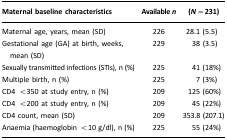
<table><thead><tr><td><b>Maternal baseline characteristics</b></td><td><b>Available <i>n</i></b></td><td><b>(<i>N</i>=231)</b></td></tr></thead><tbody><tr><td>Maternal age, years, mean (SD)</td><td>226</td><td>28.1 (5.5)</td></tr><tr><td>Gestational age (GA) at birth, weeks, mean (SD)</td><td>229</td><td>38 (3.5)</td></tr><tr><td>Sexually transmitted infections (STIs), n (%)</td><td>225</td><td>41 (18%)</td></tr><tr><td>Multiple birth, n (%)</td><td>225</td><td>7 (3%)</td></tr><tr><td>CD4 &lt;350 at study entry, n (%)</td><td>209</td><td>125 (60%)</td></tr><tr><td>CD4 &lt;200 at study entry, n (%)</td><td>209</td><td>45 (22%)</td></tr><tr><td>CD4 count, mean (SD)</td><td>209</td><td>353.8 (207.1)</td></tr><tr><td>Anaemia (haemoglobin &lt;10 g/dl), n (%)</td><td>225</td><td>55 (24%)</td></tr></tbody></table>